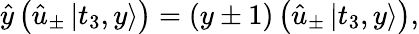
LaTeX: \begin{array}{r}{\hat{y}\left(\hat{u}_{\pm}\left|t_{3},y\right\rangle\right)=(y\pm 1)\left(\hat{u}_{\pm}\left|t_{3},y\right\rangle\right),}\end{array}